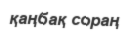
қаңбақ сораң